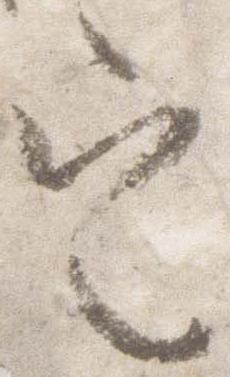
定